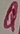
Text: Q